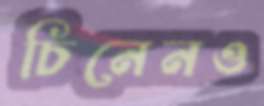
চিনেনও